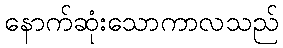
နောက်ဆုံးသောကာလသည်